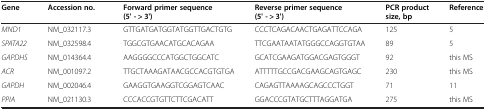
| Gene | Accession no. | Forward primer sequence (5' - > 3') | Reverse primer sequence (5' - > 3') | PCR product size, bp | Reference |
 | --- | --- | --- | --- | --- | --- |
 | MND1 | NM_032117.3 | GTTGATGATGGTATGGTTGACTGTG | CCCTCAGACAACTGAGATTCCAGA | 125 | 5 |
 | SPATA22 | NM_032598.4 | TGGCGTGAACATGCACAGAA | TTCGAATAATATGGGCCAGGTGTAA | 89 | 5 |
 | GAPDHS | NM_014364.4 | AAGGGGCCCATGGCTGGCATC | GCATCGAAGATGGACGAGTGGGT | 92 | this MS |
 | ACR | NM_001097.2 | TTGCTAAAGATAACGCCACGTGTGA | ATTTTTGCCGACGAAGCAGTGAGC | 230 | this MS |
 | GAPDH | NM_002046.4 | GAAGGTGAAGGTCGGAGTCAAC | CAGAGTTAAAAGCAGCCCTGGT | 71 | 11 |
 | PPIA | NM_021130.3 | CCCACCGTGTTCTTCGACATT | GGACCCGTATGCTTTAGGATGA | 275 | this MS |